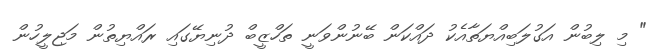
" މި ލިބުން އަގުލަބިއްޔަތާއެކު ދައްކަން ބޭނުންވަނީ ތަހްޒީބް ދުނިޔޭގައި ރައްޔިތުން މަޖިލީހުން